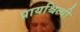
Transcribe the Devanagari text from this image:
प्रायश्चित्थी